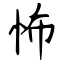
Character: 怖